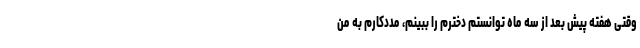
وقتی هفته پیش بعد از سه ماه توانستم دخترم را ببینم، مددکارم به من